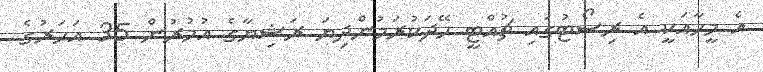
އެ މީހާއަކީ އެ ރިސޯޓުގައި ޗުއްޓީ ހޭދަކުރަމުންދިޔަ ރަޝިޔާގެ އުމުރުން 35 އަހަރުގެ